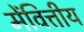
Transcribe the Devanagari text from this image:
मेंवित्तीय